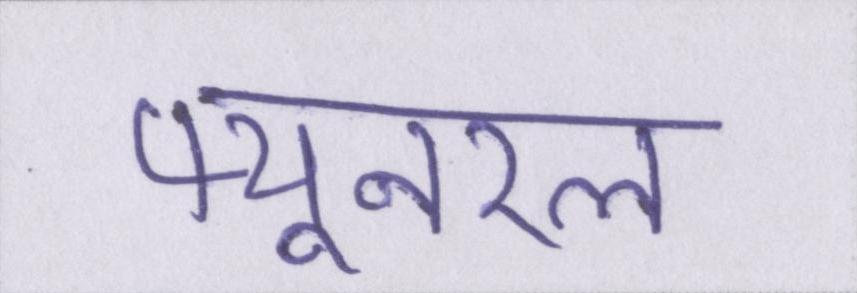
फ्यूनरल